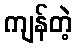
ကျန်တဲ့